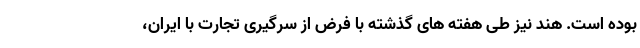
بوده است. هند نیز طی هفته های گذشته با فرض از سرگیری تجارت با ایران،